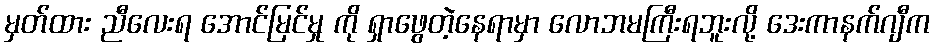
မှတ်ထား ညီလေးရ အောင်မြင်မှု ကို ရှာဖွေတဲ့နေရာမှာ လောဘမကြီးရဘူးလို့ ဒေးကာနက်ဂျီက